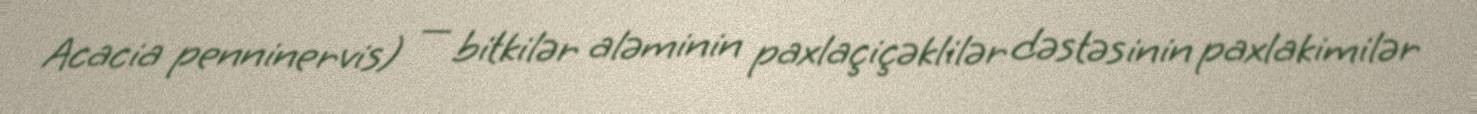
Acacia penninervis) — bitkilər aləminin paxlaçiçəklilər dəstəsinin paxlakimilər